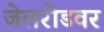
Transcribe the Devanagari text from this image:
जेलरोडवर